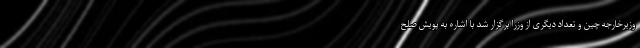
وزیرخارجه چین و تعداد دیگری از وزرا برگزار شد با اشاره به پویش صلح